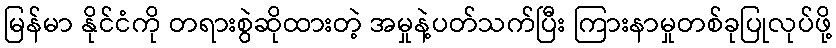
မြန်မာ နိုင်ငံကို တရားစွဲဆိုထားတဲ့ အမှုနဲ့ပတ်သက်ပြီး ကြားနာမှုတစ်ခုပြုလုပ်ဖို့